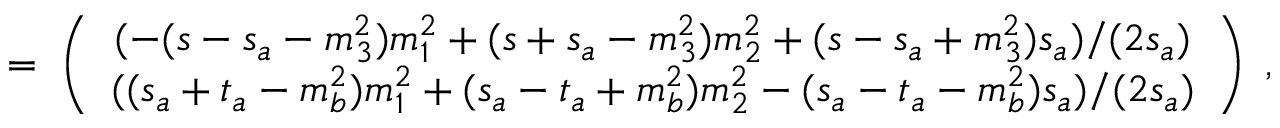
\; = \; \left( \begin{array} { c } { { ( - ( s - s _ { a } - m _ { 3 } ^ { 2 } ) m _ { 1 } ^ { 2 } + ( s + s _ { a } - m _ { 3 } ^ { 2 } ) m _ { 2 } ^ { 2 } + ( s - s _ { a } + m _ { 3 } ^ { 2 } ) s _ { a } ) / ( 2 s _ { a } ) } } \\ { { ( ( s _ { a } + t _ { a } - m _ { b } ^ { 2 } ) m _ { 1 } ^ { 2 } + ( s _ { a } - t _ { a } + m _ { b } ^ { 2 } ) m _ { 2 } ^ { 2 } - ( s _ { a } - t _ { a } - m _ { b } ^ { 2 } ) s _ { a } ) / ( 2 s _ { a } ) } } \end{array} \right) \; ,